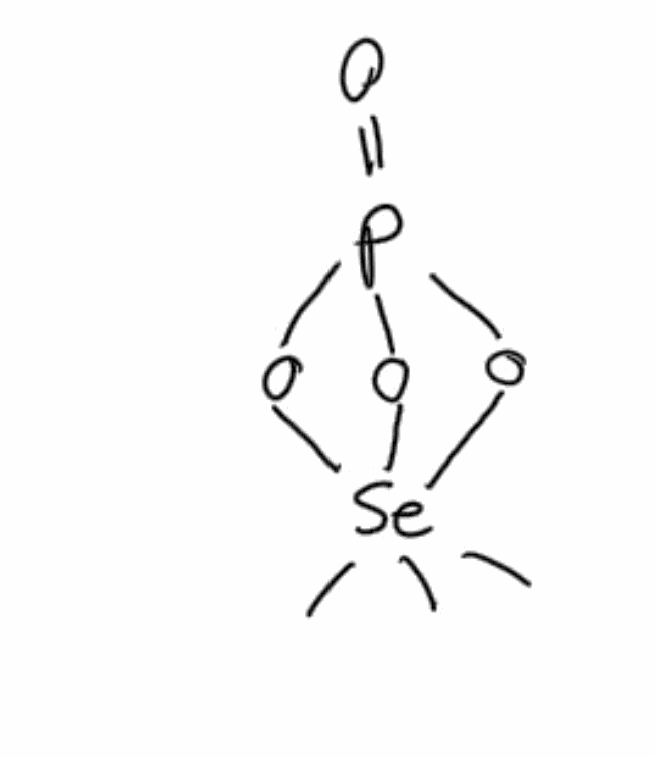
Simplified molecular-input line-entry system (SMILES) notation of the given molecule:
C[Se]12(OP(=O)(O1)O2)(C)C